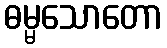
ဓမ္မသောတော